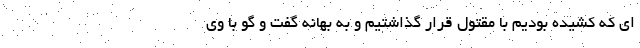
ای که کشیده بودیم با مقتول قرار گذاشتیم و به بهانه گفت و گو با وی